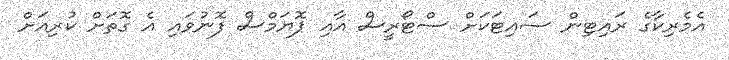
އެމެރިކާގެ ރައިޓިން ސައިޓަކަށް ސްޓޯރީސް އާއި ޕޮޔަމްސް ފޮނުވައި އެ ގޮތަށް ކުރިއަށް